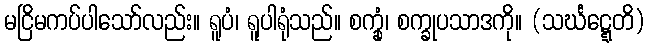
မငြိမကပ်ပါသော်လည်း။ ရူပံ၊ ရူပါရုံသည်။ စက္ခုံ၊ စက္ခုပသာဒကို။ (သင်္ဃဋ္ဋေတိ)